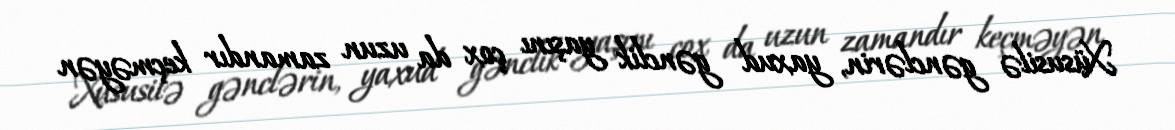
Xüsusilə gənclərin, yaxud gənclik yaşını çox da uzun zamandır keçməyən